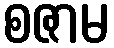
စဇာမ